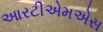
આરટીએમએસ